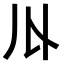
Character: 𠄓